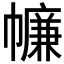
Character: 𢅏